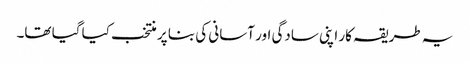
یہ طریقہ کار اپنی سادگی اور آسانی کی بنا پر منتخب کیا گیا تھا۔